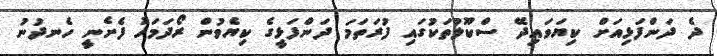
ދެ ދަންފަޅިއަށް ކިޔަވައިދޭ ސްކޫލުތަކުގައި ފުރަތަމަ ދަންފަޅީގެ ކިޔެވުން ރޯދަމަހު ފެށެނީ ހެނދުނު